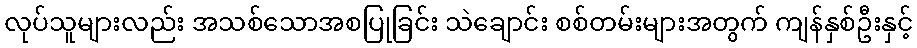
လုပ်သူများလည်း အသစ်သောအစပြုခြင်း သဲချောင်း စစ်တမ်းများအတွက် ကျန်နှစ်ဦးနှင့်